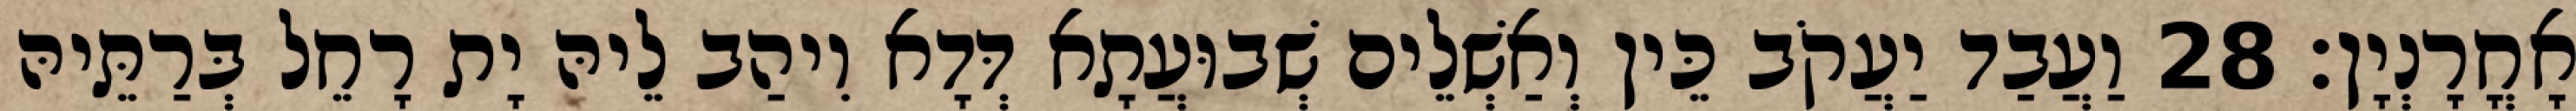
אָחֳרָנְיָן׃ 28 וַעֲבַד יַעֲקֹב כֵּין וְאַשְׁלֵים שְׁבוּעֲתָא דְּדָא וִיהַב לֵיהּ יָת רָחֵל בְּרַתֵּיהּ